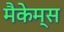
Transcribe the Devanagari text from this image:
मैकेम्स